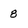
Character: 8